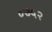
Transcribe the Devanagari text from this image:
०७५२